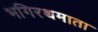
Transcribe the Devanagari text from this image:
भगिरथमाता